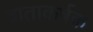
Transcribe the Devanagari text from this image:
वाताकर्षक